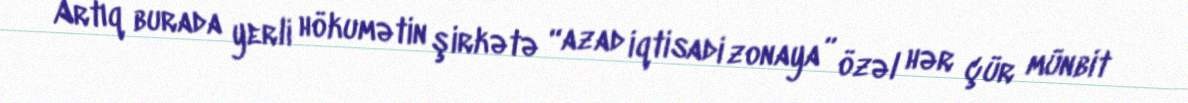
Artıq burada yerli hökumətin şirkətə “azad iqtisadi zonaya” özəl hər çür münbit